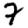
Digit: 7